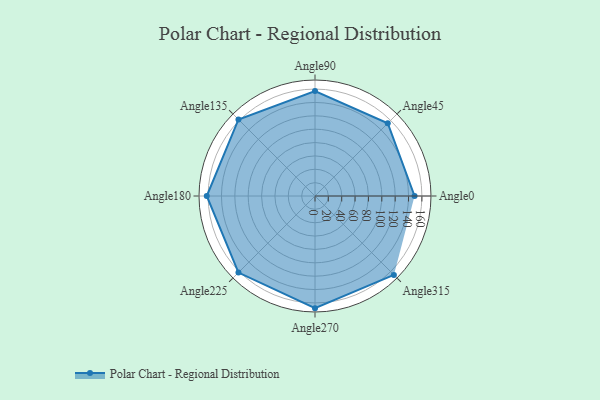
{"axis": {"x": "Angle", "y": "Radius"}, "legend": [""], "data": [{"x": "Angle0", "y": 149.0, "type": ""}, {"x": "Angle45", "y": 154.0, "type": ""}, {"x": "Angle90", "y": 157.0, "type": ""}, {"x": "Angle135", "y": 162.0, "type": ""}, {"x": "Angle180", "y": 162.0, "type": ""}, {"x": "Angle225", "y": 162.0, "type": ""}, {"x": "Angle270", "y": 168.0, "type": ""}, {"x": "Angle315", "y": 167.0, "type": ""}]}